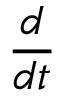
\frac { d } { d t }